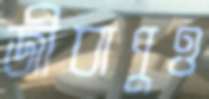
জীবাণুও